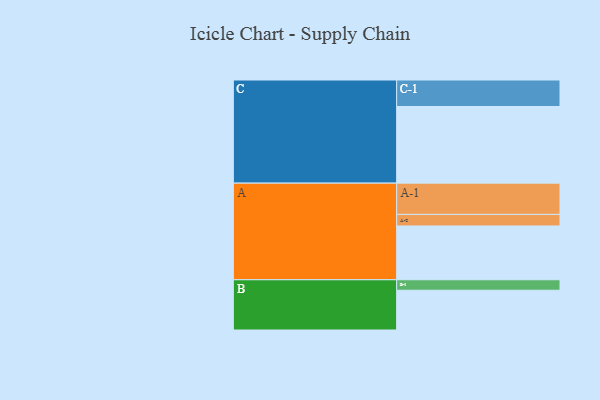
{"axis": {"x": "Segment", "y": "Value"}, "legend": ["", "A", "B", "C"], "data": [{"x": "A", "y": 406, "type": ""}, {"x": "B", "y": 300, "type": ""}, {"x": "C", "y": 578, "type": ""}, {"x": "A-1", "y": 236, "type": "A"}, {"x": "A-2", "y": 87, "type": "A"}, {"x": "B-1", "y": 79, "type": "B"}, {"x": "C-1", "y": 200, "type": "C"}]}